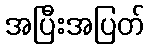
အပြီးအပြတ်